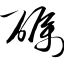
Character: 砺